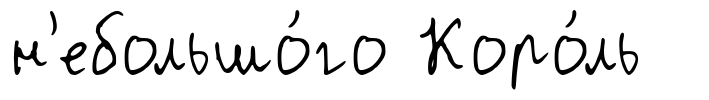
н'ебольшо́го Коро́ль